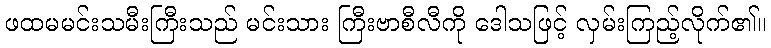
ဖထမမင်းသမီးကြီးသည် မင်းသား ကြီးဗာစီလီကို ဒေါသဖြင့် လှမ်းကြည့်လိုက်၏။